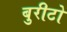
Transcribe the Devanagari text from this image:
बुरीटो